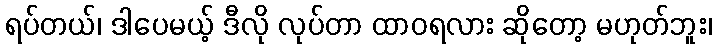
ရပ်တယ်၊ ဒါပေမယ့် ဒီလို လုပ်တာ ထာဝရလား ဆိုတော့ မဟုတ်ဘူး၊